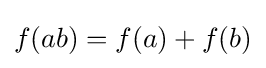
f(ab)=f(a)+f(b)